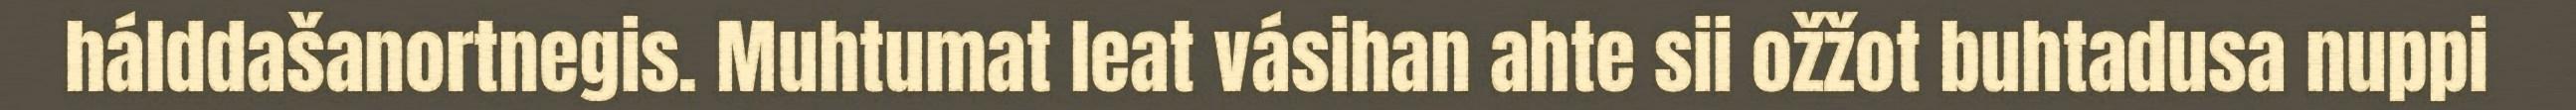
hálddašanortnegis. Muhtumat leat vásihan ahte sii ožžot buhtadusa nuppi